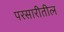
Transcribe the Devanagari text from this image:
परसारीतील